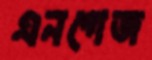
এনগেজ